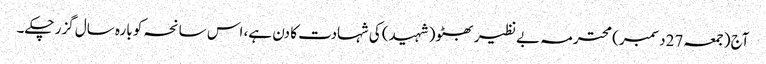
آج (جمعہ 27دسمبر) محترمہ بے نظیر بھٹو (شہید) کی شہادت کا دن ہے، اس سانحہ کو بارہ سال گزر چکے۔